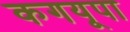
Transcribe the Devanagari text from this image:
कगयूपा